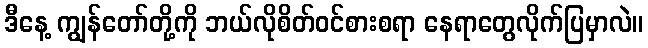
ဒီနေ့ ကျွန်တော်တို့ကို ဘယ်လိုစိတ်ဝင်စားစရာ နေရာတွေလိုက်ပြမှာလဲ။